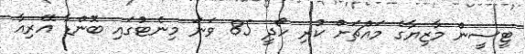
ޓީސީން މާޒިޔާގެ މައްޗަށް ކުރި ހޯދީ 85 ވަނަ މިނެޓުގައި ބޮންޑާ އޭރިއާ